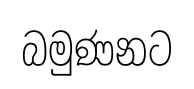
බමුණනට